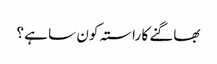
بھاگنے کا راستہ کون سا ہے ؟